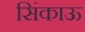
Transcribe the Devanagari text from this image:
सिंकाऊ